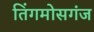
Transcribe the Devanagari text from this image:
तिंगमोसगंज